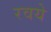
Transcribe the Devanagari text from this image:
रवये